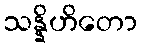
သန္နိဟိတော